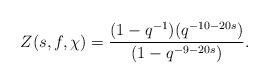
LaTeX: \begin{align*}Z(s,f,\chi)=\frac{(1-q^{-1})(q^{-10-20s})}{(1-q^{-9-20s})}.\end{align*}